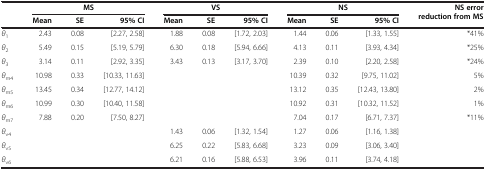
<table><thead><tr><td><b> </b></td><td colspan="3"><b>MS</b></td><td colspan="3"><b>VS</b></td><td colspan="3"><b>NS</b></td><td rowspan="2"><b>NS error reduction from MS</b></td></tr><tr><td><b> </b></td><td><b>Mean</b></td><td><b>SE</b></td><td><b>95% CI</b></td><td><b>Mean</b></td><td><b>SE</b></td><td><b>95% CI</b></td><td><b>Mean</b></td><td><b>SE</b></td><td><b>95% CI</b></td></tr></thead><tbody><tr><td><i>θ</i><sub>1</sub></td><td>2.43</td><td>0.08</td><td>[2.27, 2.58]</td><td>1.88</td><td>0.08</td><td>[1.72, 2.03]</td><td>1.44</td><td>0.06</td><td>[1.33, 1.55]</td><td>*41%</td></tr><tr><td><i>θ</i><sub>2</sub></td><td>5.49</td><td>0.15</td><td>[5.19, 5.79]</td><td>6.30</td><td>0.18</td><td>[5.94, 6.66]</td><td>4.13</td><td>0.11</td><td>[3.93, 4.34]</td><td>*25%</td></tr><tr><td><i>θ</i><sub>3</sub></td><td>3.14</td><td>0.11</td><td>[2.92, 3.35]</td><td>3.43</td><td>0.13</td><td>[3.17, 3.70]</td><td>2.39</td><td>0.10</td><td>[2.20, 2.58]</td><td>*24%</td></tr><tr><td><i>θ</i><sub>m4</sub></td><td>10.98</td><td>0.33</td><td>[10.33, 11.63]</td><td> </td><td> </td><td> </td><td>10.39</td><td>0.32</td><td>[9.75, 11.02]</td><td>5%</td></tr><tr><td><i>θ</i><sub>m5</sub></td><td>13.45</td><td>0.34</td><td>[12.77, 14.12]</td><td> </td><td> </td><td> </td><td>13.12</td><td>0.35</td><td>[12.43, 13.80]</td><td>2%</td></tr><tr><td><i>θ</i><sub>m6</sub></td><td>10.99</td><td>0.30</td><td>[10.40, 11.58]</td><td> </td><td> </td><td> </td><td>10.92</td><td>0.31</td><td>[10.32, 11.52]</td><td>1%</td></tr><tr><td><i>θ</i><sub>m7</sub></td><td>7.88</td><td>0.20</td><td>[7.50, 8.27]</td><td> </td><td> </td><td> </td><td>7.04</td><td>0.17</td><td>[6.71, 7.37]</td><td>*11%</td></tr><tr><td><i>θ</i><sub>v4</sub></td><td> </td><td> </td><td> </td><td>1.43</td><td>0.06</td><td>[1.32, 1.54]</td><td>1.27</td><td>0.06</td><td>[1.16, 1.38]</td><td> </td></tr><tr><td><i>θ</i><sub>v5</sub></td><td> </td><td> </td><td> </td><td>6.25</td><td>0.22</td><td>[5.83, 6.68]</td><td>3.23</td><td>0.09</td><td>[3.06, 3.40]</td><td> </td></tr><tr><td><i>θ</i><sub>v6</sub></td><td> </td><td> </td><td> </td><td>6.21</td><td>0.16</td><td>[5.88, 6.53]</td><td>3.96</td><td>0.11</td><td>[3.74, 4.18]</td><td> </td></tr></tbody></table>